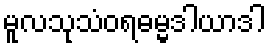
မူလသုသံဝရဓမ္မဒါယာဒါ